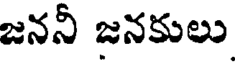
జననీ జనకులు